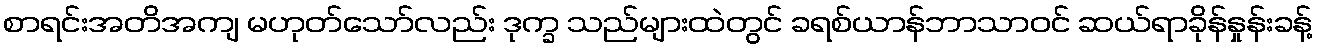
စာရင်းအတိအကျ မဟုတ်သော်လည်း ဒုက္ခ သည်များထဲတွင် ခရစ်ယာန်ဘာသာဝင် ဆယ်ရာခိုန်နှုန်းခန့်